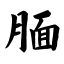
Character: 腼